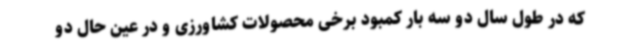
که در طول سال دو سه بار کمبود برخی محصولات کشاورزی و در عین حال دو